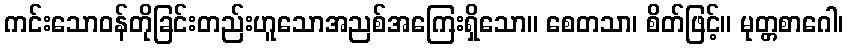
ကင်းသောဝန်တိုခြင်းတည်းဟူသောအညစ်အကြေးရှိသော။ စေတသာ၊ စိတ်ဖြင့်။ မုတ္တစာဂေါ၊